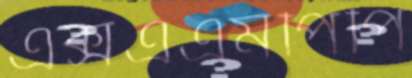
এক্সএএমপিপি